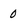
Character: 0